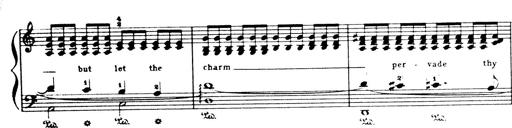
Title: Wagner-Liszt Album
Composer: Franz Liszt